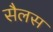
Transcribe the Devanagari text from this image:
सैलस